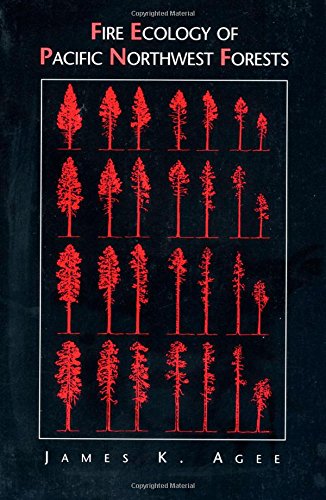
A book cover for Fire Ecology of Pacific Northwest Forests; James K Agee; Science & Math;